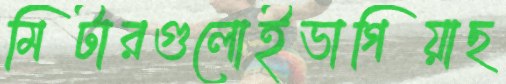
মিটারগুলোইভাগিয়াছ